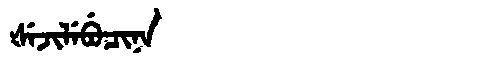
Manchu: ᡧᡝᠵᡳᠯᡝᠪᡠᠴᡳᠨᠠ
Romanization: ŠEJILEBUCINA